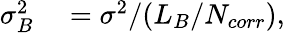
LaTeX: \begin{array}{rl}{\sigma_{B}^{2}}&{{}=\sigma^{2}/(L_{B}/N_{corr}),}\end{array}